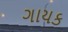
ગાયક